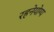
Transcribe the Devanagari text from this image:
रहनेयोग्य